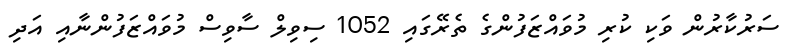
ސަރުކާރުން ވަކި ކުރި މުވައްޒަފުންގެ ތެރޭގައި 1052 ސިވިލް ސާވިސް މުވައްޒަފުންނާއި އަދި